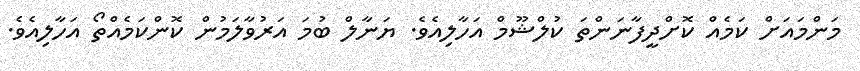
މަންމައަށް ކަމެއް ކޮށްދީފާނަންތަ ކުލްޝޫމް އަހާލިއެވެ. ޔަނާލް ބުމަ އަރުވާލަމުން ކޮންކަމެއްތޯ އަހާލިއެވެ.